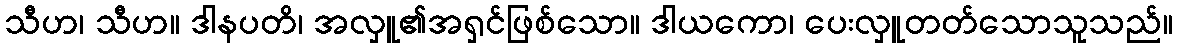
သီဟ၊ သီဟ။ ဒါနပတိ၊ အလှူ၏အရှင်ဖြစ်သော။ ဒါယကော၊ ပေးလှူတတ်သောသူသည်။